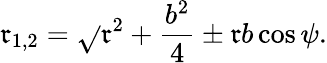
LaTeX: \mathfrak{r}_{1,2}=\sqrt{}{{\mathfrak{r}^{2}+\frac{{b^{2}}}{{4}}\pm\mathfrak{r}b\cos\psi}}.